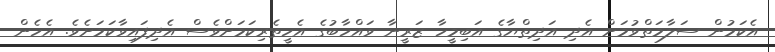
އެކަމުން ސަލާމަތްވުމަށް އެދި އަދިތްޔާގެ އަބިމީހާ ޒަރީނާ ވައްހާބުގެ އެހީތެރިކަމަށްވެސް އެދިފައިވާކަމަށެވެ. އެހެން